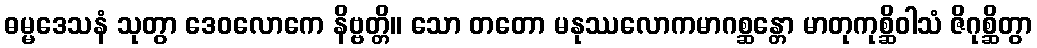
ဓမ္မဒေသနံ သုတွာ ဒေဝလောကေ နိဗ္ဗတ္တိ။ သော တတော မနုဿလောကမာဂစ္ဆန္တော မာတုကုစ္ဆိဝါသံ ဇိဂုစ္ဆိတွာ